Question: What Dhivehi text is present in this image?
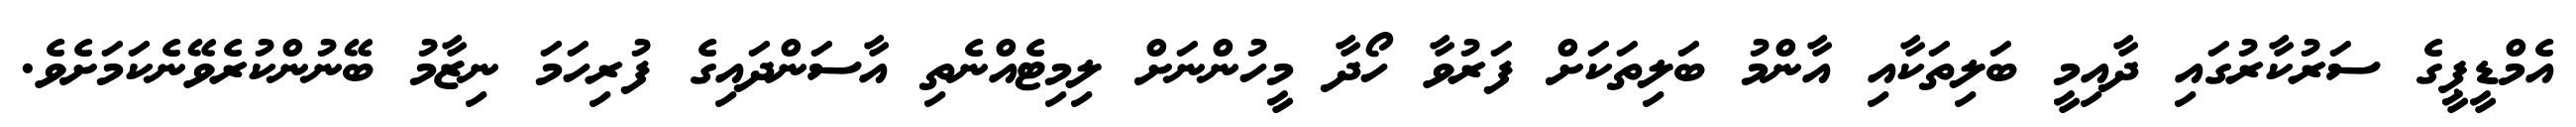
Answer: އެމްޑީޕީގެ ސަރުކާރުގައި ދާއިމީ ބަލިތަކާއި އާންމު ބަލިތަކަށް ފަރުވާ ހޯދާ މީހުންނަށް ލިމިޓެއްނެތި އާސަންދައިގެ ފުރިހަމަ ނިޒާމު ބޭނުންކުރެވޭނެކަމަށެވެ.